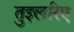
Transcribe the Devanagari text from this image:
तुइलरिए